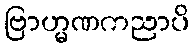
ဗြာဟ္မဏကညာပိ